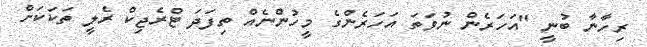
ރިހާނާ ބުނީ "އަހަރެން ނުވަތަ އަހަރެންގެ މީހުންނެއް ތިފަދަ ޓްރެޖިކް ރެލީ ތަކަކަށް